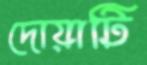
দোয়াটি